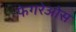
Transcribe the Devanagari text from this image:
फेगरेओस